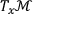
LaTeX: T _ { x } { \mathcal { M } }